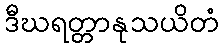
ဒီဃရတ္တာနုသယိတံ